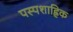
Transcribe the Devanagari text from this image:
पस्पशाह्निक